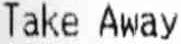
TAKE AWAY